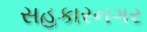
સહકારનગર